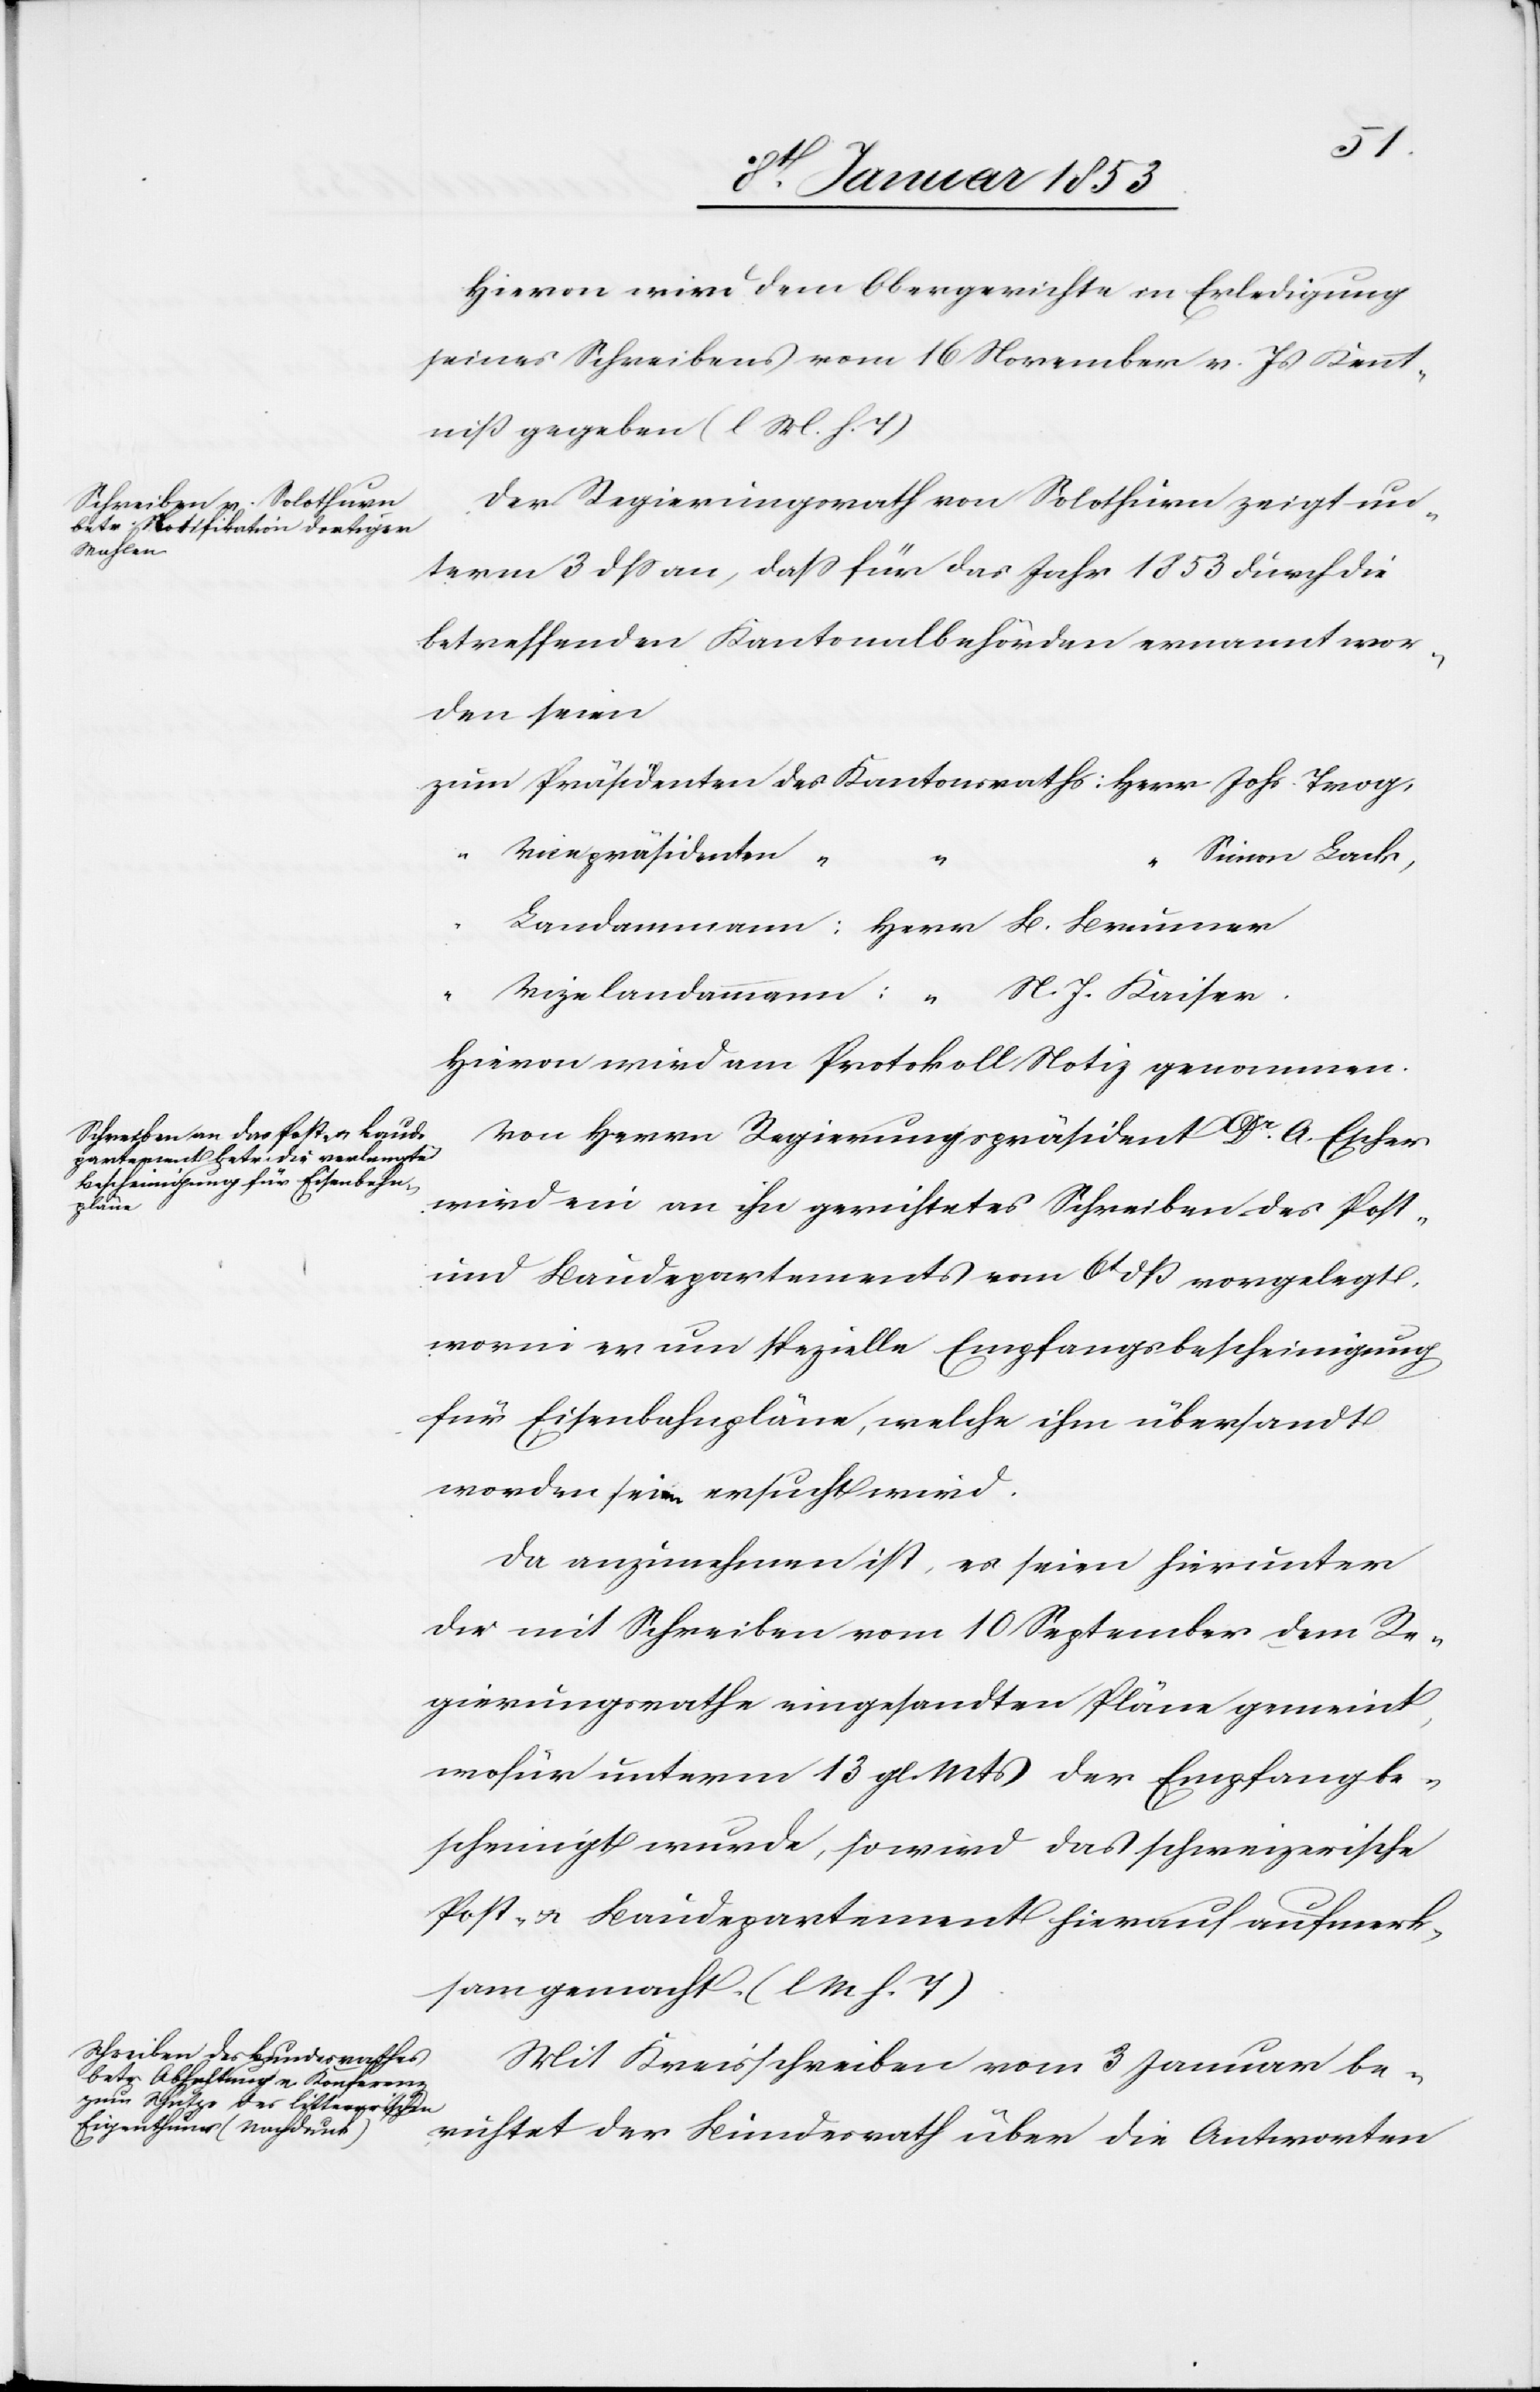
Hievon wird dem Obergerichte in Erledigung
seines Schreibens vom 16 November v. Js. Kennt¬
niß gegeben [l. M. h. T]
Der Regierungsrath von Solothurn zeigt un¬
term 13 dß. an, daß für das Jahr 1853 durch die
betreffenden Kantonalbehörden ernannt wor¬
den seien
zum Präsidenten 	des Kantonsraths: Herr Johs. Trog,
Simon Lack,
“	Landammann: Herr B. Brunner
“	Vicelandmann: “	 N. J. Kaiser.
Hievon wird am Protokoll Notiz genommen.
Von Herrn Regierungspräsident Dr. A. Escher
wird ein an ihn gerichtetes Schreiben des Post-
und Baudepartements vom 6t. dß vorgelegt,
worin er um spezielle Empfangsbescheinigung
für Eisenbahnpläne, welche ihm übersandt
worden seien ersucht wird.
Da anzunehmen ist, es seien hierunter
die mit Schreiben vom 10 September dem Re¬
gierungsrathe eingesandten Pläne gemeint
wofür unterm 13 gl. Mts. der Empfang be¬
scheinigt wurde, so wird das schweizerische
Post- und Baudepartement hierauf aufmerk¬
sam gemacht [l. M. h. T]
Mit Kreisschreiben vom 3 Januar be¬
richtet der Bundesrath über die Antworten